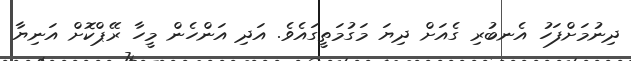
ދިނުމަށްފަހު އެނބުރި ގެއަށް ދިޔަ މަގުމަތީގައެވެ. އަދި އަންހެން މީހާ ރޭޕްކޮށް އަނިޔާ